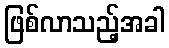
ဖြစ်လာသည့်အခါ